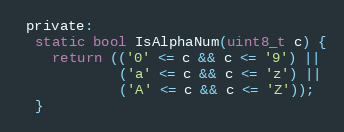
Language: C
 private:
  static bool IsAlphaNum(uint8_t c) {
    return (('0' <= c && c <= '9') ||
            ('a' <= c && c <= 'z') ||
            ('A' <= c && c <= 'Z'));
  }